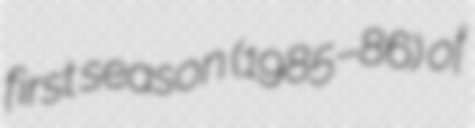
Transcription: first season (1985–86) of